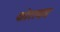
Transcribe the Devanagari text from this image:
कोरायड